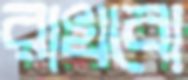
রাখবো